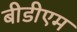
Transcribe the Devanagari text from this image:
बीडीएम